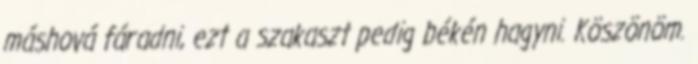
máshová fáradni, ezt a szakaszt pedig békén hagyni. Köszönöm.